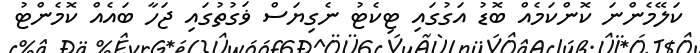
ކަލޭމެންނަ ކޮންކަމެއް ބޮޑު އަގުގައި ޓިކެޓު ނެގިޔަސް ޥަގުތުގައި ޖަހާ ބައެއް ކޮމެންޓު